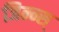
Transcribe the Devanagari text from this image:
जिन्न्स्